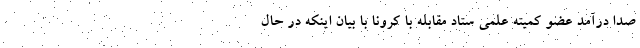
صدا درآمد عضو کمیته علمی ستاد مقابله با کرونا با بیان اینکه در حال